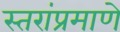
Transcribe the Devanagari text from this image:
स्तरांप्रमाणे